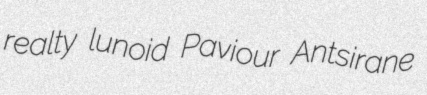
realty lunoid Paviour Antsirane